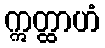
ဣတ္ထာဟံ